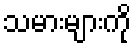
သမားများကို